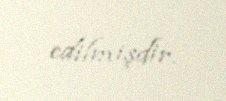
edilmişdir.